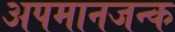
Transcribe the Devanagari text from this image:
अपमानजन्क